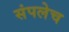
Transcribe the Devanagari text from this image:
संपलेच